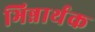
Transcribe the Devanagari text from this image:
भिन्नार्थक